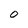
Character: 0